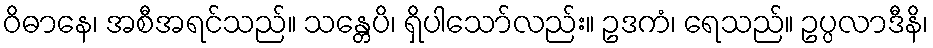
ဝိဓာနေ၊ အစီအရင်သည်။ သန္တေပိ၊ ရှိပါသော်လည်း။ ဥဒကံ၊ ရေသည်။ ဥပ္ပလာဒီနိ၊